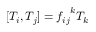
[ T _ { i } , T _ { j } ] = { f _ { i j } } ^ { k } T _ { k }